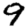
Digit: 9